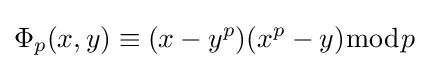
\Phi _{p}(x,y)\equiv (x-y^{p})(x^{p}-y){\bmod {p}}